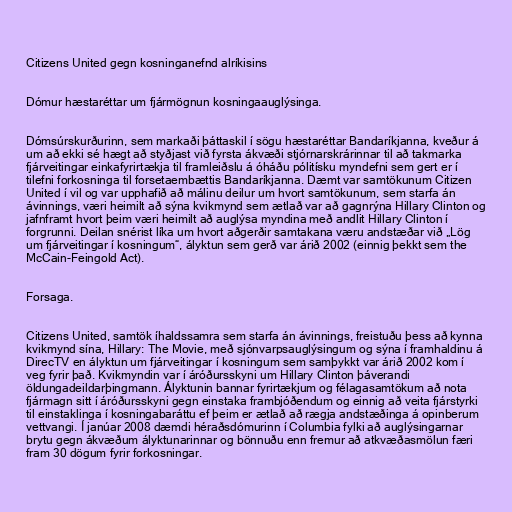
Citizens United gegn kosninganefnd alríkisins

Dómur hæstaréttar um fjármögnun kosningaauglýsinga.

Dómsúrskurðurinn, sem markaði þáttaskil í sögu hæstaréttar Bandaríkjanna, kveður á
um að ekki sé hægt að styðjast við fyrsta ákvæði stjórnarskrárinnar til að takmarka
fjárveitingar einkafyrirtækja til framleiðslu á óháðu pólitísku myndefni sem gert er í
tilefni forkosninga til forsetaembættis Bandaríkjanna. Dæmt var samtökunum Citizen
United í vil og var upphafið að málinu deilur um hvort samtökunum, sem starfa án
ávinnings, væri heimilt að sýna kvikmynd sem ætlað var að gagnrýna Hillary Clinton og
jafnframt hvort þeim væri heimilt að auglýsa myndina með andlit Hillary Clinton í
forgrunni. Deilan snérist líka um hvort aðgerðir samtakana væru andstæðar við „Lög
um fjárveitingar í kosningum“, ályktun sem gerð var árið 2002 (einnig þekkt sem the
McCain-Feingold Act).

Forsaga.

Citizens United, samtök íhaldssamra sem starfa án ávinnings, freistuðu þess að kynna
kvikmynd sína, Hillary: The Movie, með sjónvarpsauglýsingum og sýna í framhaldinu á
DirecTV en ályktun um fjárveitingar í kosningum sem samþykkt var árið 2002 kom í
veg fyrir það. Kvikmyndin var í áróðursskyni um Hillary Clinton þáverandi
öldungadeildarþingmann. Ályktunin bannar fyrirtækjum og félagasamtökum að nota
fjármagn sitt í áróðursskyni gegn einstaka frambjóðendum og einnig að veita fjárstyrki
til einstaklinga í kosningabaráttu ef þeim er ætlað að rægja andstæðinga á opinberum
vettvangi. Í janúar 2008 dæmdi héraðsdómurinn í Columbia fylki að auglýsingarnar
brytu gegn ákvæðum ályktunarinnar og bönnuðu enn fremur að atkvæðasmölun færi
fram 30 dögum fyrir forkosningar.